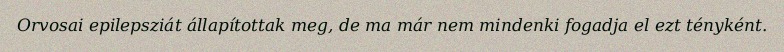
Orvosai epilepsziát állapítottak meg, de ma már nem mindenki fogadja el ezt tényként.